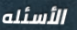
الأسئله